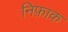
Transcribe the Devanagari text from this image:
निफ़ाक